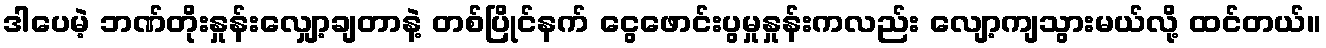
ဒါပေမဲ့ ဘဏ်တိုးနှုန်းလျှော့ချတာနဲ့ တစ်ပြိုင်နက် ငွေဖောင်းပွမှုနှုန်းကလည်း လျော့ကျသွားမယ်လို့ ထင်တယ်။